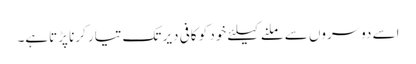
اسے دوسروں سے ملنے کیلئے خود کو کافی دیر تک تیار کرنا پڑتاہے۔